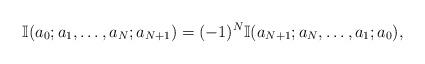
LaTeX: \begin{align*} \mathbb{I}(a_0;a_1,\ldots,a_N;a_{N+1}) = (-1)^N \mathbb{I}(a_{N+1};a_N,\ldots,a_1;a_0),\end{align*}